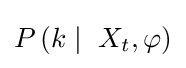
P\left(k\mid \ X_{t},\varphi \right)